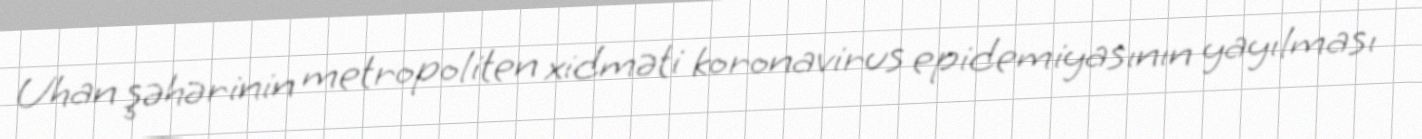
Uhan şəhərinin metropoliten xidməti koronavirus epidemiyasının yayılması